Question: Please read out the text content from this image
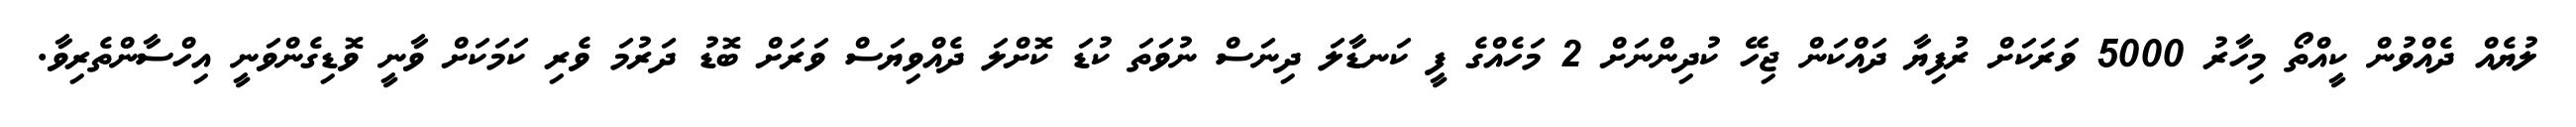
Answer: ލުޔެއް ދެއްވުން ކީއްތޯ މިހާރު 5000 ވަރަކަށް ރުފިޔާ ދައްކަން ޖިހޭ ކުދިންނަށް 2 މަހެއްގެ ފީ ކަނޑާލަ ދިނަސް ނުވަތަ ކުޑަ ކޮށްލަ ދެއްވިޔަސް ވަރަށް ބޮޑު ދަރުމަ ވެރި ކަމަކަށް ވާނީ ވޮޑިގެންވަނީ އިހްސާންތެރިވާ.